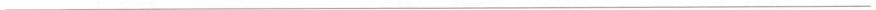
___